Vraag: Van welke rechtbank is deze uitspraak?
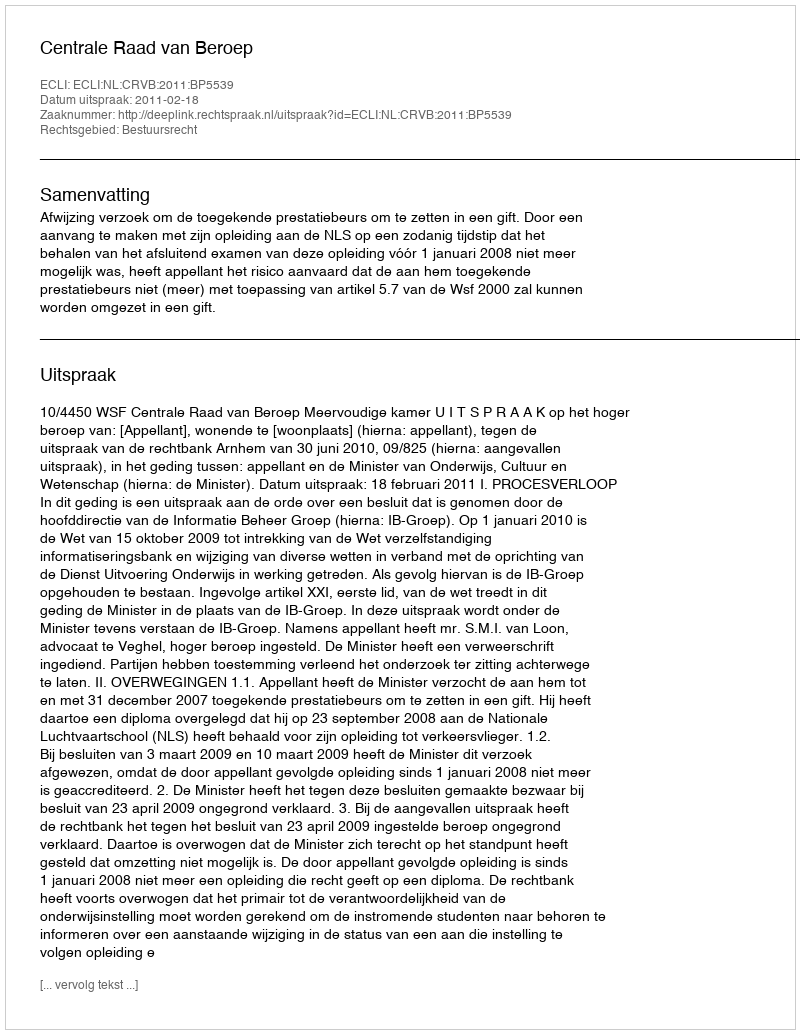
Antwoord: Centrale Raad van Beroep